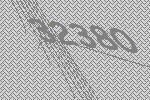
32380